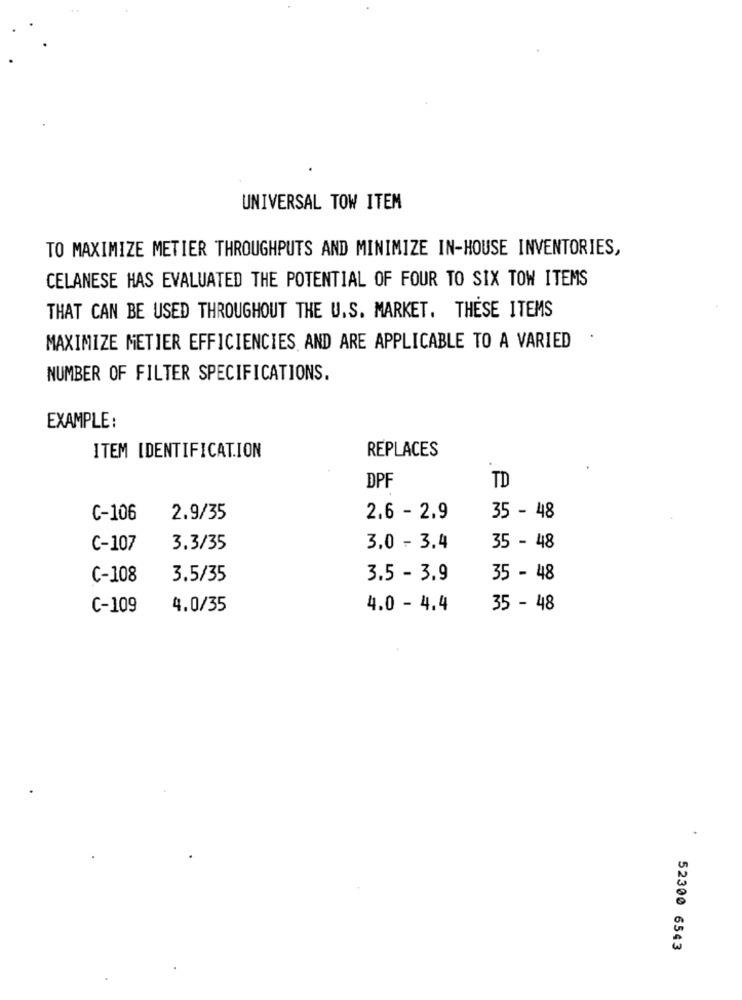
UNIVERSAL TOW ITEM
TO MAXIMIZE METIER THROUGHPUTS AND MINIMIZE IN-HOUSE INVENTORIES,
CELANESE HAS EVALUATED THE POTENTIAL OF FOUR TO SIX TOW ITEMS
THAT CAN BE USED THROUGHOUT THE U.S. MARKET. THESE ITEMS
MAXIMIZE METIER EFFICIENCIES AND ARE APPLICABLE TO A VARIED
NUMBER OF FILTER SPECIFICATIONS.
EXAMPLE :
ITEM IDENTIFICATION
REPLACES
TD
DPF
C-106
2.9/35
2.6 - 2.9
35 - 48
C-107
3.3/35
3.0 - 3.4
35 - 48
C-108
3.5/35
3.5 - 3.9
35 - 48
C-109
4.0/35
4.0 - 4.4
35 - 48
52300 6543